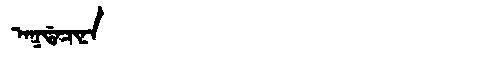
Manchu: ᠠᡴᡩᠠᠴᡳᠨᠠ
Romanization: AKDACINA